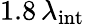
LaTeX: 1.8\, \lambda_{\mathrm{int}}